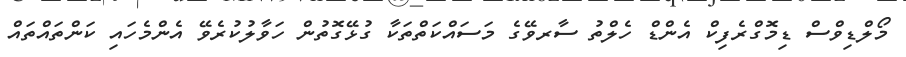
މޯލްޑިވްސް ޑިމޮގްރެފިކް އެންޑް ހެލްތު ސާރވޭގެ މަސައްކަތްތަކާ ގުޅޭގޮތުން ހަވާލުކުރެވޭ އެންމެހައި ކަންތައްތައް